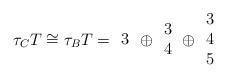
LaTeX: \begin{align*}\tau_CT\cong\tau_BT={\begin{array}{c}3\end{array}}\oplus{\begin{array}{c}3\\4\end{array}}\oplus{\begin{array}{c}3\\4\\5\end{array}} \end{align*}